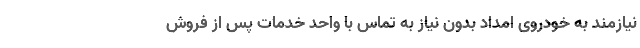
نیازمند به خودروی امداد بدون نیاز به تماس با واحد خدمات پس از فروش